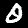
Digit: 0